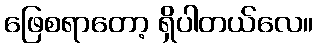
ဖြေစရာတော့ ရှိပါတယ်လေ။